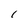
Character: 1